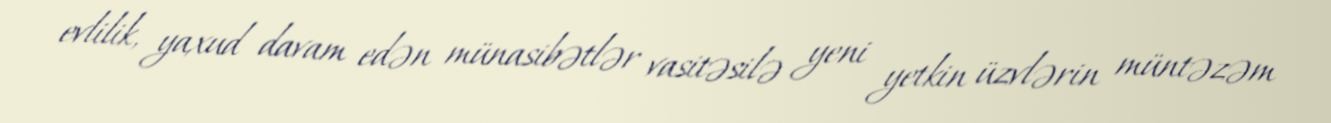
evlilik, yaxud davam edən münasibətlər vasitəsilə yeni yetkin üzvlərin müntəzəm